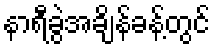
နာရီခွဲအချိန်ခန့်တွင်